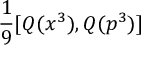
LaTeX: { \frac { 1 } { 9 } } [ Q ( x ^ { 3 } ) , Q ( p ^ { 3 } ) ]